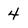
Character: 4